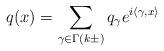
LaTeX: \begin{align*}q(x)=\sum_{\gamma\in\Gamma(k\pm)}q_{\gamma}e^{i\left\langle \gamma,x\right\rangle }\end{align*}